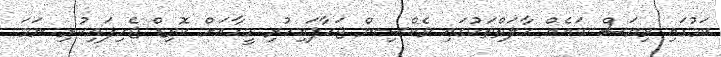
ކަމުގައި ވިޔަސް ބައެއް ހާލަތްތަކުގައި ވެކްސިން ޖަހާފައިހުރި މީހާއަށް ކޮވިޑް ޖެހިފައިހުރި ނަމަ